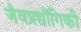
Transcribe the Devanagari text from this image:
जैवप्रद्यौगिकी